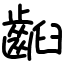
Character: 齨